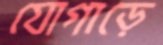
যোগাড়ে